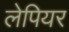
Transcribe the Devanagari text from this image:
लेपियर